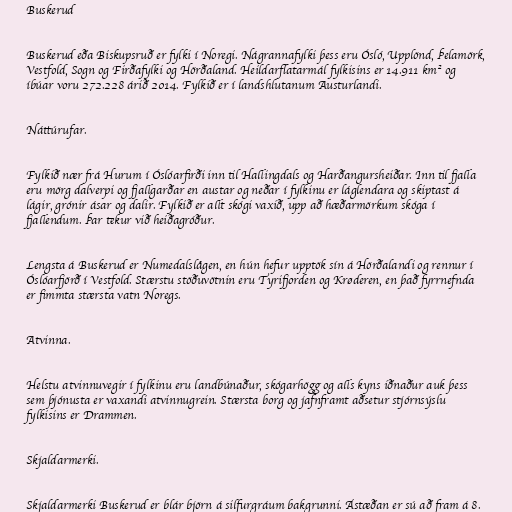
Buskerud

Buskerud eða Biskupsruð er fylki í Noregi. Nágrannafylki þess eru Ósló, Upplönd, Þelamörk,
Vestfold, Sogn og Firðafylki og Hörðaland. Heildarflatarmál fylkisins er 14.911 km² og
íbúar voru 272.228 árið 2014. Fylkið er í landshlutanum Austurlandi.

Náttúrufar.

Fylkið nær frá Hurum í Óslóarfirði inn til Hallingdals og Harðangursheiðar. Inn til fjalla
eru mörg dalverpi og fjallgarðar en austar og neðar í fylkinu er láglendara og skiptast á
lágir, grónir ásar og dalir. Fylkið er allt skógi vaxið, upp að hæðarmörkum skóga í
fjallendum. Þar tekur við heiðagróður.

Lengsta á Buskerud er Numedalslågen, en hún hefur upptök sín á Hörðalandi og rennur í
Óslóarfjörð í Vestfold. Stærstu stöðuvötnin eru Tyrifjorden og Krøderen, en það fyrrnefnda
er fimmta stærsta vatn Noregs.

Atvinna.

Helstu atvinnuvegir í fylkinu eru landbúnaður, skógarhögg og alls kyns iðnaður auk þess
sem þjónusta er vaxandi atvinnugrein. Stærsta borg og jafnframt aðsetur stjórnsýslu
fylkisins er Drammen.

Skjaldarmerki.

Skjaldarmerki Buskerud er blár björn á silfurgráum bakgrunni. Ástæðan er sú að fram á 8.